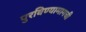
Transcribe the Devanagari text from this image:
पुरविण्यामागची